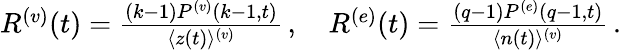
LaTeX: \begin{array}{r}{\begin{array}{r}{R^{(v)}(t)=\frac{(k-1)P^{(v)}({k-1},{t})}{\langle z(t)\rangle^{(v)}}\, ,\quad R^{(e)}(t)=\frac{(q-1)P^{(e)}({q-1},{t})}{\langle n(t)\rangle^{(v)}}\, .}\end{array}}\end{array}